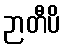
ဉာတီပိ